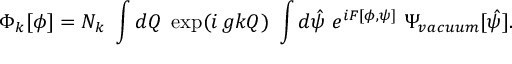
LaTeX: \Phi _ { k } [ \phi ] = N _ { k } ~ \int d Q \; \exp ( i \, g k Q ) \; \int d \hat { \psi } ~ e ^ { i F [ \phi , \psi ] } ~ \Psi _ { v a c u u m } [ \hat { \psi } ] .